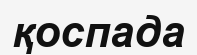
қоспада